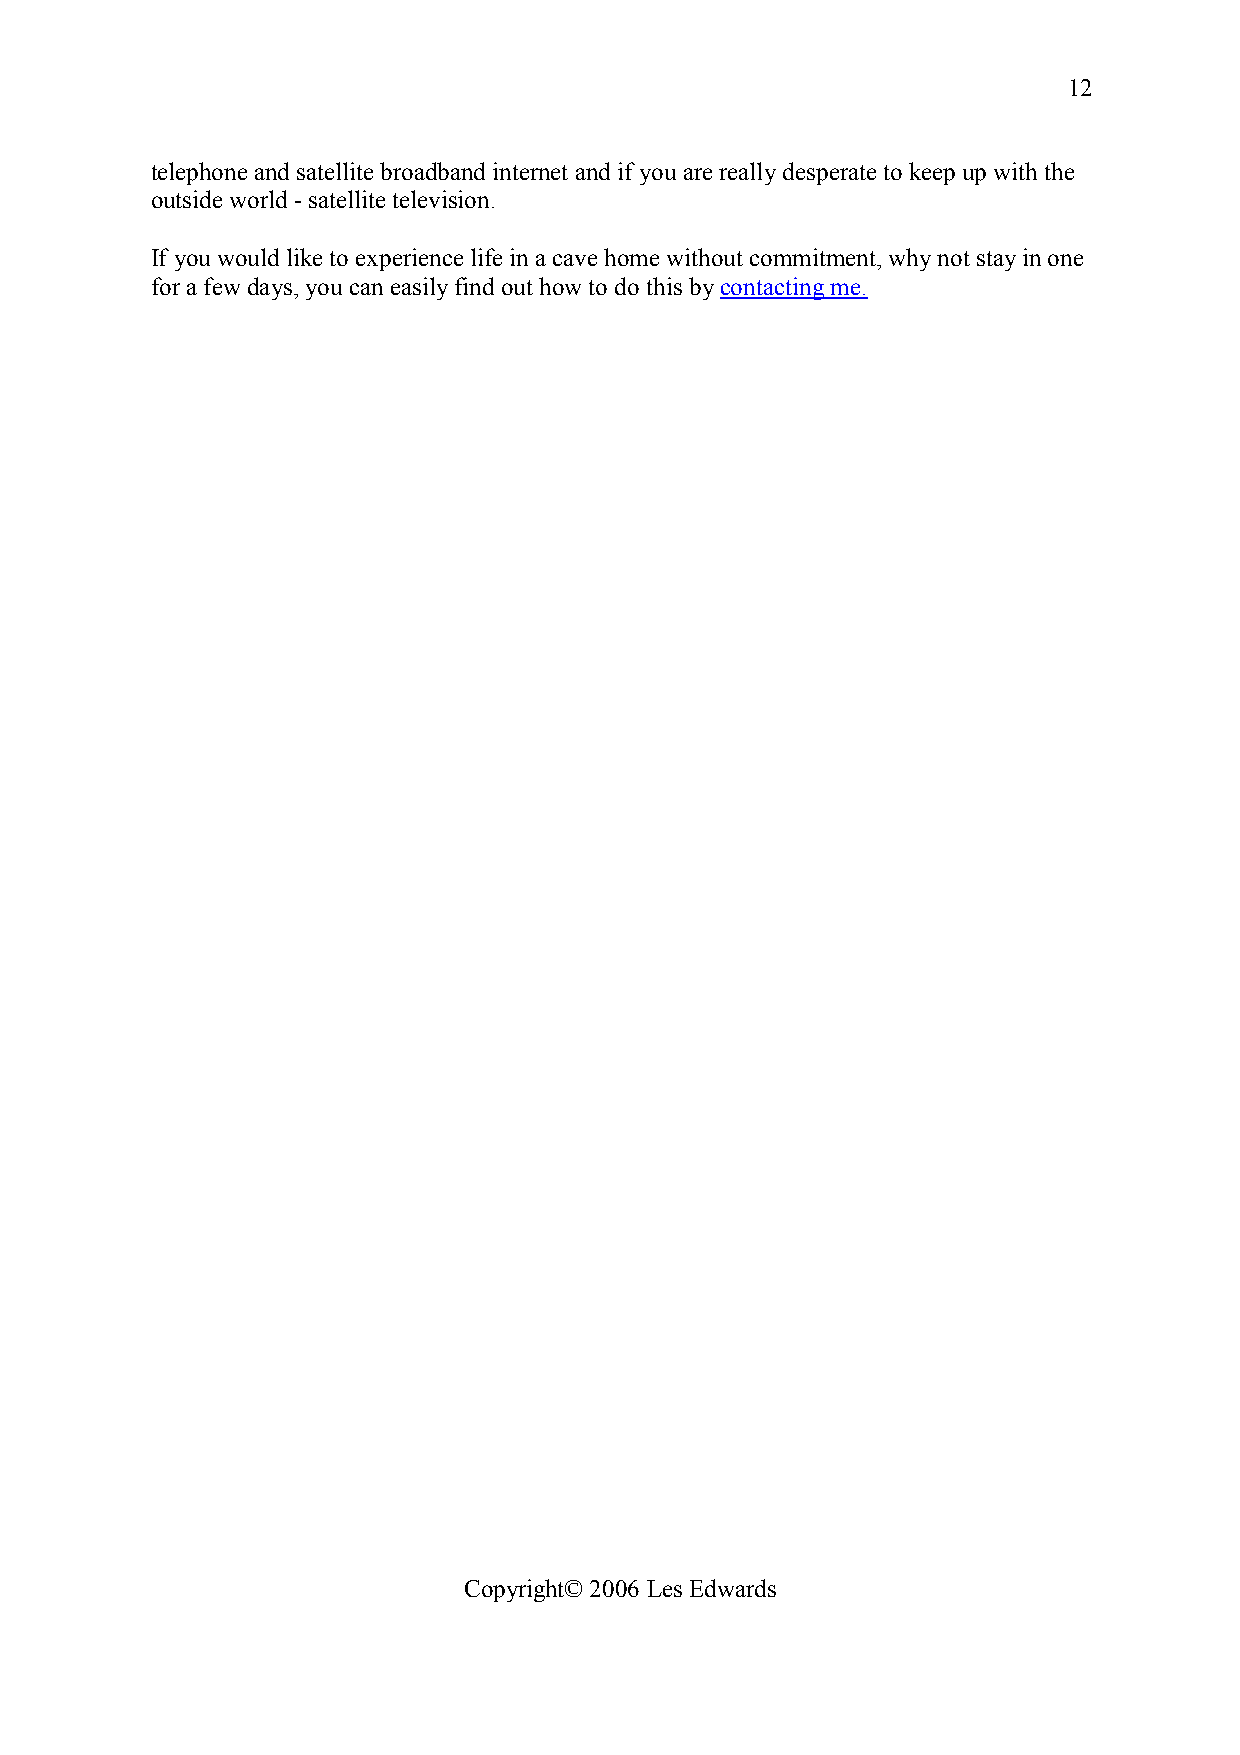
12
 telephone and satellite broadband internet and if you are really desperate to keep up with the
 outside world - satellite television.
 If you would like to experience life in a cave home without commitment, why not stay in one
 for a few days, you can easily find out how to do this by contacting me.
 Copyright© 2006 Les Edwards